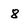
Character: 8